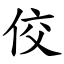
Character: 佼